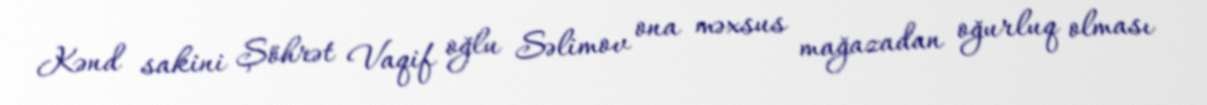
Kənd sakini Şöhrət Vaqif oğlu Səlimov ona məxsus mağazadan oğurluq olması